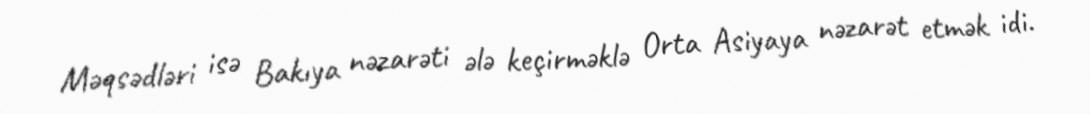
Məqsədləri isə Bakıya nəzarəti ələ keçirməklə Orta Asiyaya nəzarət etmək idi.